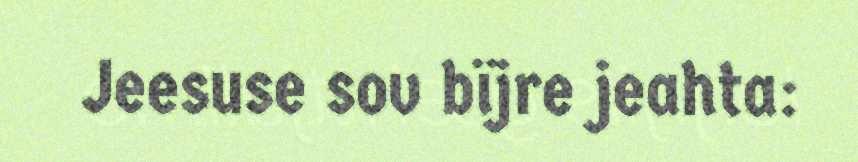
Jeesuse sov bïjre jeahta: